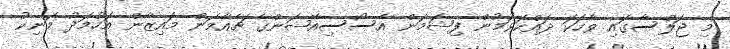
މި ޖަލްސާގައި ވާހަކަ ދައްކަވަމުން ފިޝަމަން އެސޯސިއޭޝަންގެ ޗެއާމަން މައިޒާން އަހުމަދު މަނިކު